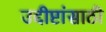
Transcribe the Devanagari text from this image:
उद्दीष्टांसाठी